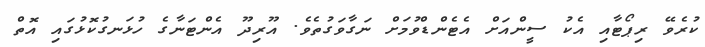
ކުރެވޭ ރިޕޯޓާއި އެކު ސީންއަށް އެޓެންޑްވުމަށް ނަގާވަގުތެވެ. އޫރިދޫ އެންޓަނާގެ ހުޅަނގުކޮޅުގައި އޮތް